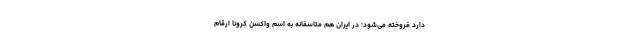
دارد فروخته می‌شود؛ در ایران هم متاسفانه به اسم واکسن کرونا ارقام